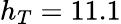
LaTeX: h_{T}=11.1